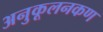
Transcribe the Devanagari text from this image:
अनुकूलनकण